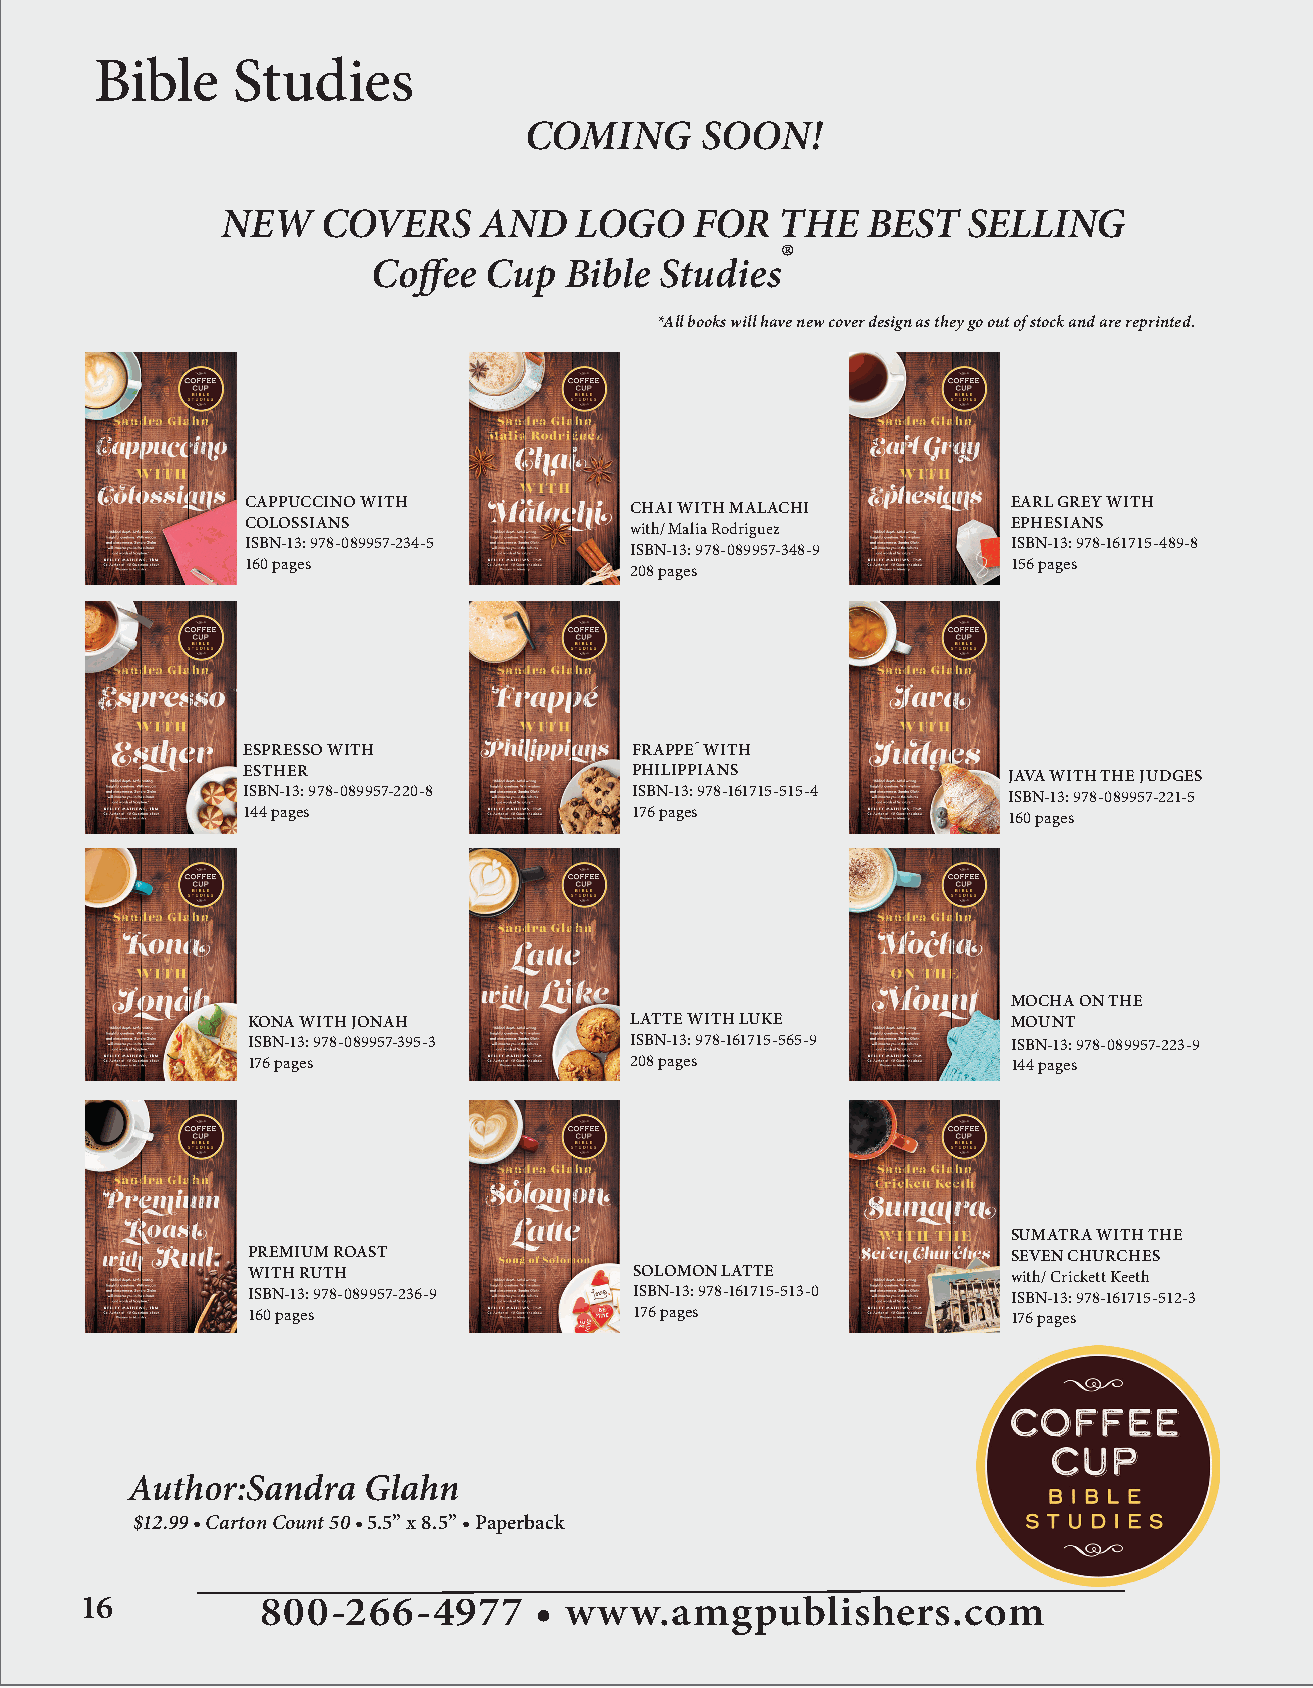
Bible    Studies
 COMING     SOON!
 NEW   COVERS     AND   LOGO    FOR   THE  BEST   SELLING
 ®
 Coff ee Cup Bible  Studies
 *All books will have new cover design as they go out of stock and are reprinted.
 CAPPUCCINO WITH                                    EARL GREY WITH
 CHAI WITH MALACHI
 COLOSSIANS                                         EPHESIANS
 with/ Malia Rodriguez
 ISBN-13: 978-089957-234-5                          ISBN-13: 978-161715-489-8
 ISBN-13: 978-089957-348-9
 160 pages                                          156 pages
 208 pages
 ESPRESSO WITH             FRAPPE´ WITH
 ESTHER                    PHILIPPIANS              JAVA WITH THE JUDGES
 ISBN-13: 978-089957-220-8 ISBN-13: 978-161715-515-4 ISBN-13: 978-089957-221-5
 144 pages                 176 pages                160 pages
 MOCHA ON THE
 KONA WITH JONAH           LATTE WITH LUKE          MOUNT
 ISBN-13: 978-089957-395-3 ISBN-13: 978-161715-565-9 ISBN-13: 978-089957-223-9
 176 pages                 208 pages                144 pages
 SUMATRA WITH THE
 PREMIUM ROAST                                      SEVEN CHURCHES
 WITH RUTH                 SOLOMON LATTE            with/ Crickett Keeth
 ISBN-13: 978-089957-236-9 ISBN-13: 978-161715-513-0 ISBN-13: 978-161715-512-3
 160 pages                 176 pages                176 pages
 Author:Sandra   Glahn
 $12.99 • CartonCount 50 • 5.5” x 8.5” • Paperback
 16          800-266-4977      • www.amgpublishers.com